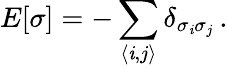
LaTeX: E[\sigma]=-\sum_{\langle\mathit{i},j\rangle}\delta_{\sigma_{\mathit{i}}\sigma_{j}}\, .